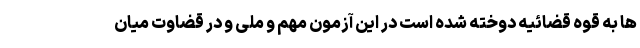
ها به قوه قضائیه دوخته شده است در این آزمون مهم و ملی و در قضاوت میان